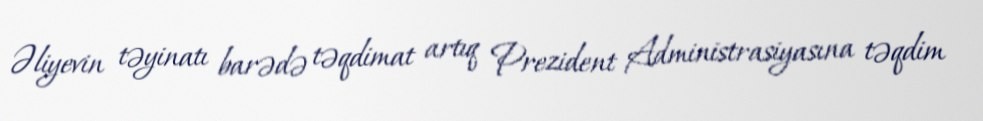
Əliyevin təyinatı barədə təqdimat artıq Prezident Administrasiyasına təqdim